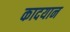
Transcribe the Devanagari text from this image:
कादयान